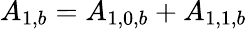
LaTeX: {A_{1,b}}={A_{1,0,b}}+{A_{1,1,b}}